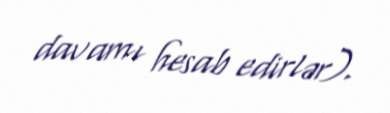
davamı hesab edirlər).